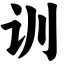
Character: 训